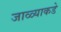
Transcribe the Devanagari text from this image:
जाळ्याकडे